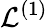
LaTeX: {\cal L}^{(1)}